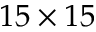
1 5 \times 1 5